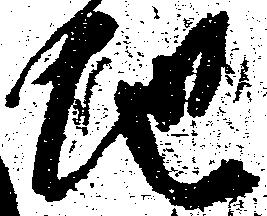
地